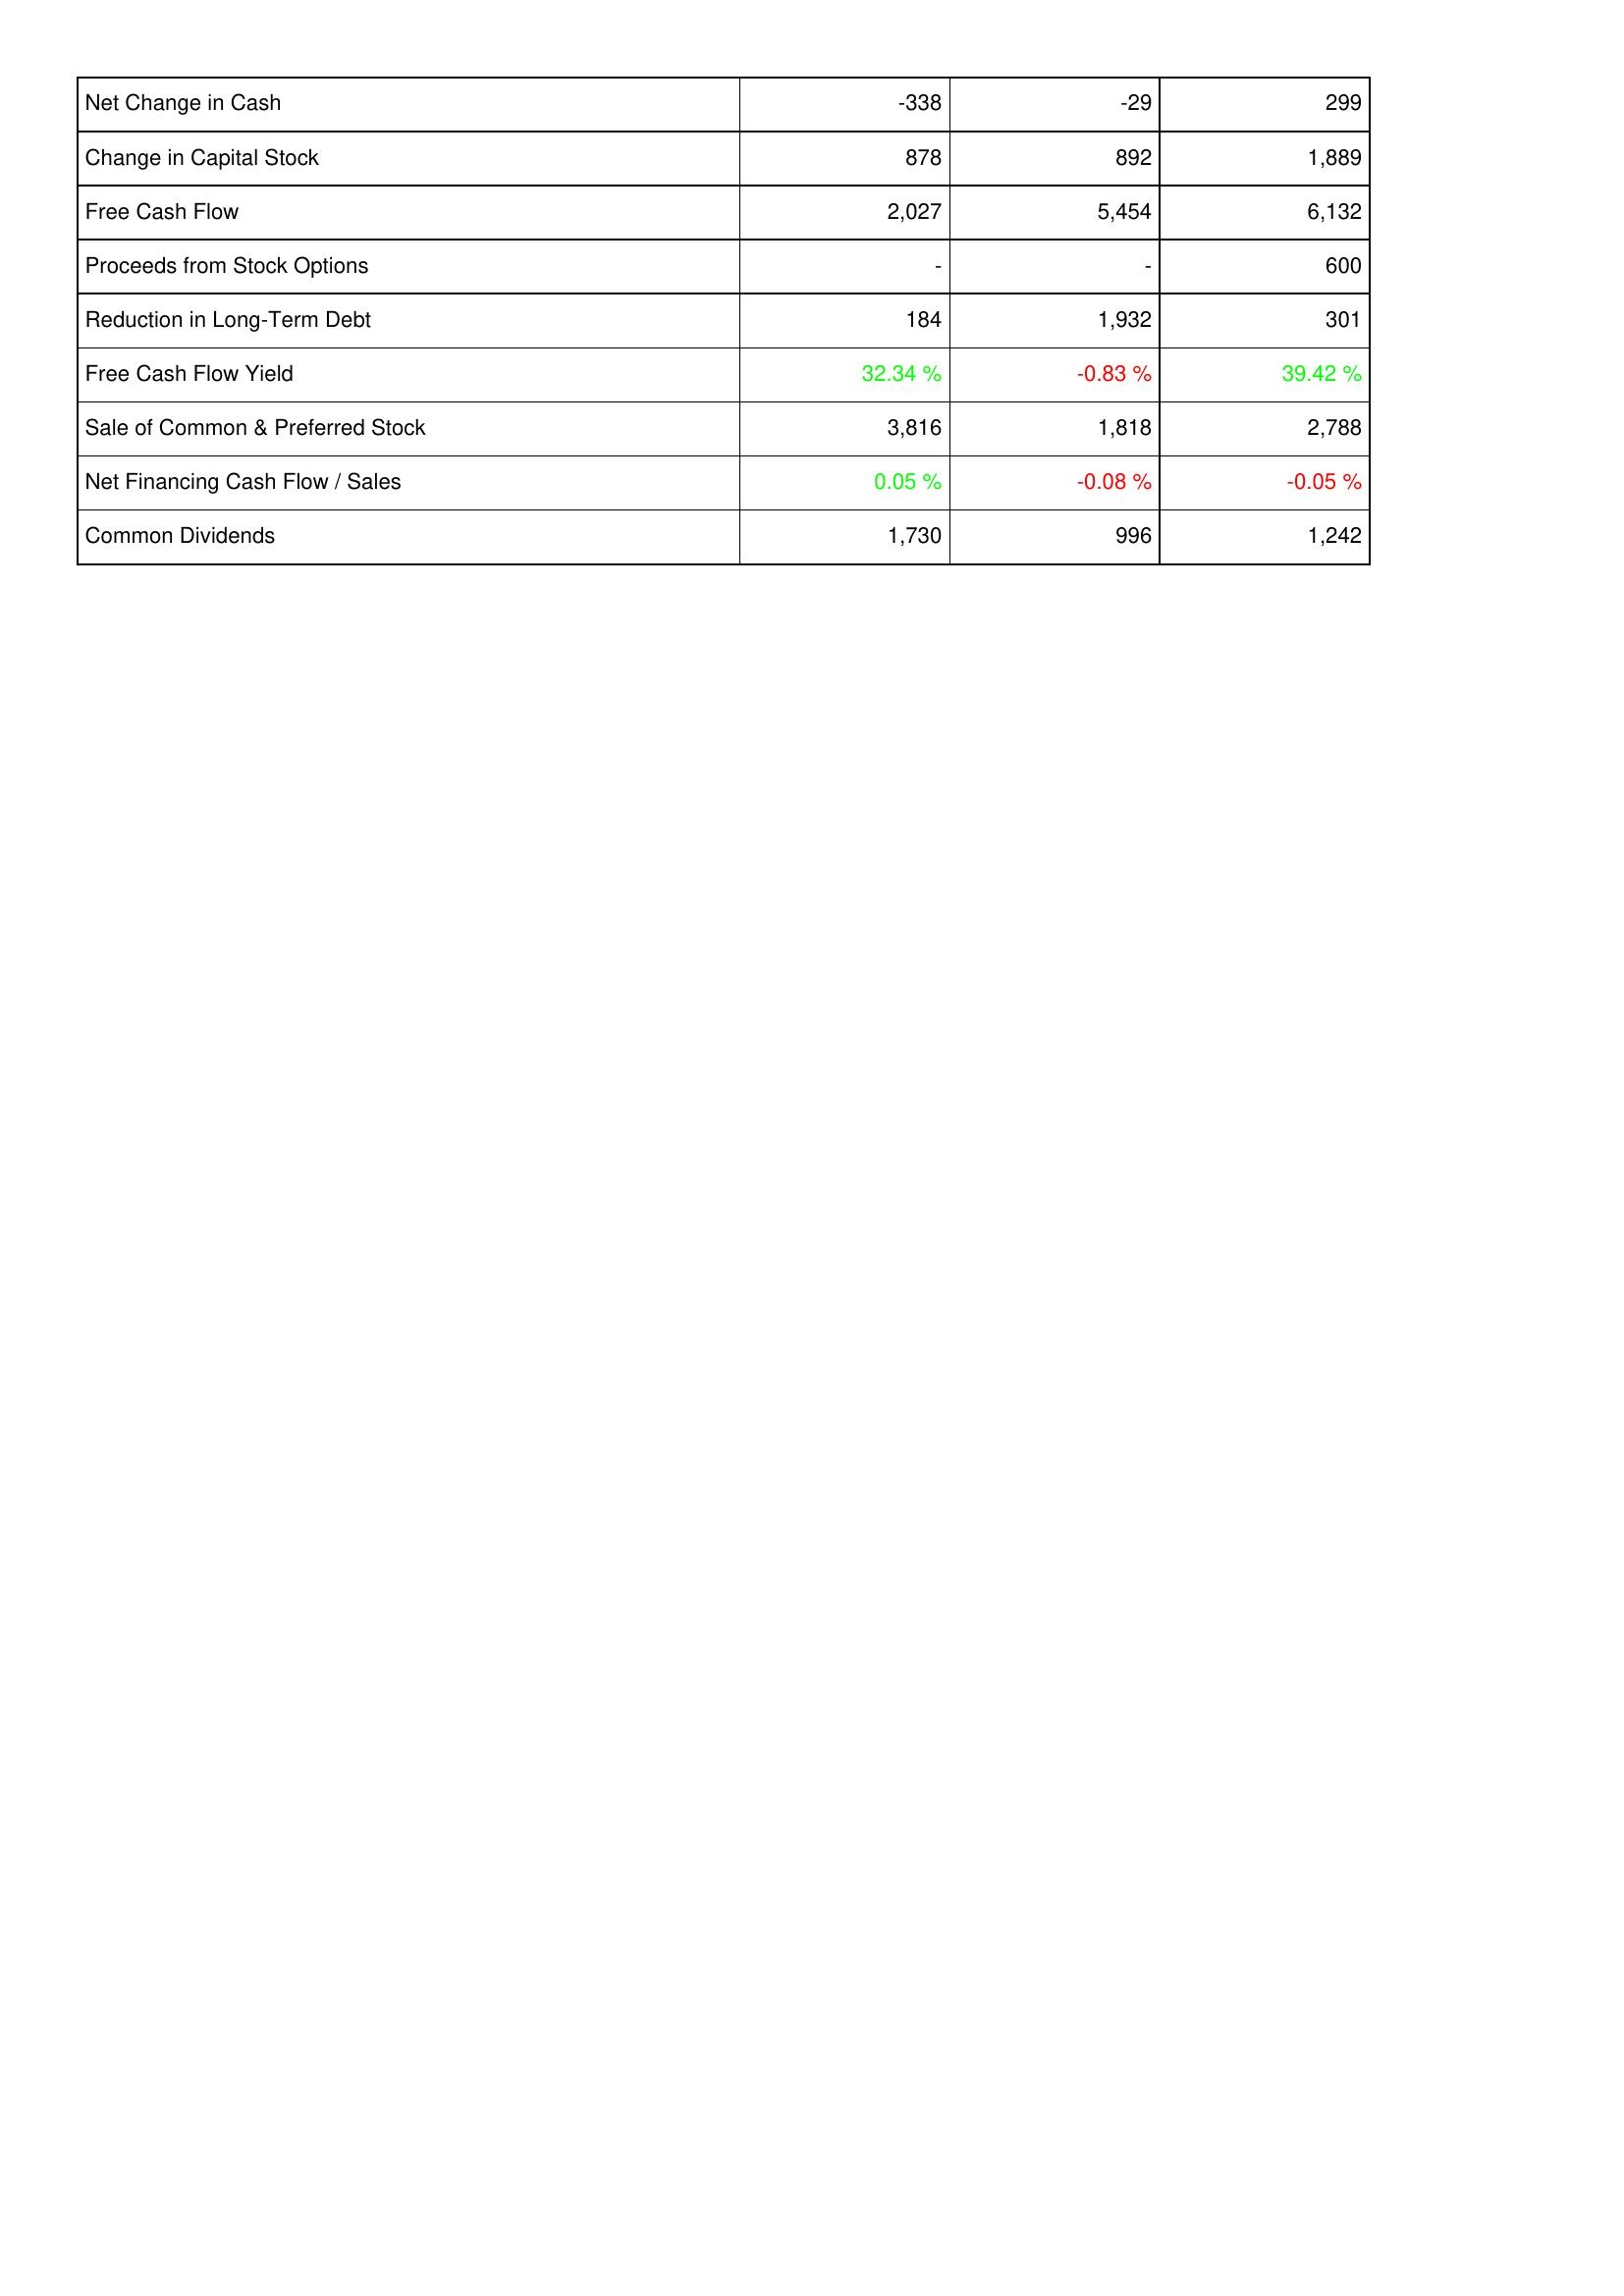
2016: Financing Activities: Net Change in Cash: -338
Change in Capital Stock: 878
Free Cash Flow: 2,027
Proceeds from Stock Options: -
Reduction in Long-Term Debt: 184
Free Cash Flow Yield: 32.34 %
Sale of Common & Preferred Stock: 3,816
Net Financing Cash Flow / Sales: 0.05 %
Common Dividends: 1,730
2015: Financing Activities: Net Change in Cash: -29
Change in Capital Stock: 892
Free Cash Flow: 5,454
Proceeds from Stock Options: -
Reduction in Long-Term Debt: 1,932
Free Cash Flow Yield: -0.83 %
Sale of Common & Preferred Stock: 1,818
Net Financing Cash Flow / Sales: -0.08 %
Common Dividends: 996
2014: Financing Activities: Net Change in Cash: 299
Change in Capital Stock: 1,889
Free Cash Flow: 6,132
Proceeds from Stock Options: 600
Reduction in Long-Term Debt: 301
Free Cash Flow Yield: 39.42 %
Sale of Common & Preferred Stock: 2,788
Net Financing Cash Flow / Sales: -0.05 %
Common Dividends: 1,242